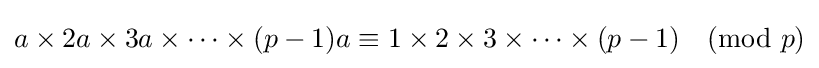
a\times 2a\times 3a\times \cdots \times (p-1)a\equiv 1\times 2\times 3\times \cdots \times (p-1){\pmod {p}}